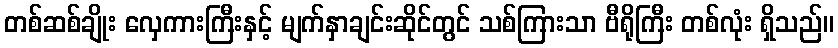
တစ်ဆစ်ချိုး လှေကားကြီးနှင့် မျက်နှာချင်းဆိုင်တွင် သစ်ကြားသာ ဗီရိုကြီး တစ်လုံး ရှိသည်။